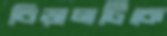
বিড়ালটিকে